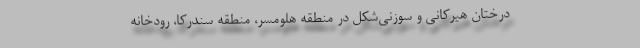
درختان هیرکانی و سوزنی‌شکل در منطقه هلومسر، منطقه سندرکا، رودخانه